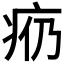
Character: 𪽩